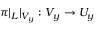
\pi | _ { L } | _ { V _ { y } } : V _ { y } \rightarrow U _ { y }